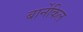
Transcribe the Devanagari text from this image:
बार्नेकिल